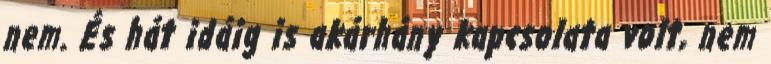
nem. És hát idáig is akárhány kapcsolata volt, nem